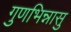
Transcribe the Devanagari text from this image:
गुणभिन्नासु